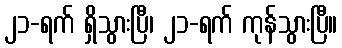
၂၁-ရက် ရှိသွားပြီ၊ ၂၁-ရက် ကုန်သွားပြီ။